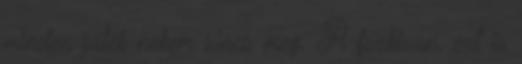
minden játék nekem sincs meg. A fszkivan, ezt is